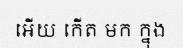
អើយ កើត មក ក្នុង